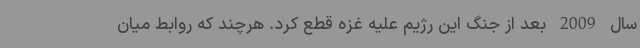
سال 2009 بعد از جنگ این رژیم علیه غزه قطع کرد. هرچند که روابط میان